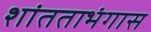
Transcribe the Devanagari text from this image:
शांतताभंगास